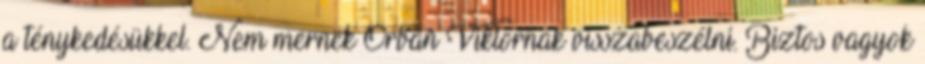
a ténykedésükkel. Nem mernek Orbán Viktornak visszabeszélni. Biztos vagyok